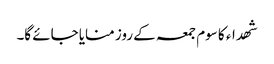
شھداء کا سوم جمعہ کے روز منایا جائے گا۔